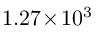
1 . 2 7 \! \times \! 1 0 ^ { 3 }